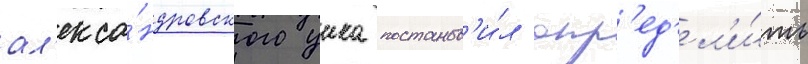
ал'екса́ндровского уика постанов'и́л опр'ед'ел'и́ть